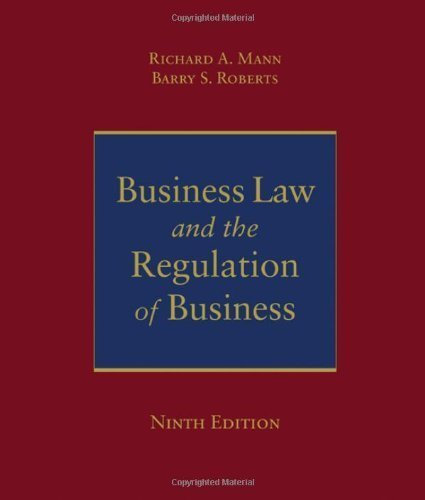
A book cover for Business Law &the Regulation of Business - 9th edition; Richard A. Mann; Law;